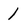
Character: 1